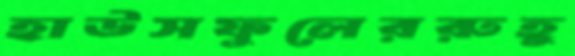
হাউসফুলেররুহু